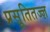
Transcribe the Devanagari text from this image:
प्रसूतितज्ज्ञ